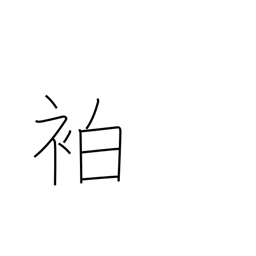
Meaning: warrior's headband